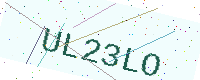
Text: UL23LO